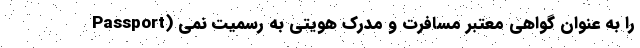
Passport) را به عنوان گواهی معتبر مسافرت و مدرک هویتی به رسمیت نمی